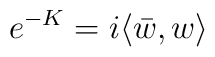
e^{-K}=i\langle\bar w,w\rangle